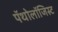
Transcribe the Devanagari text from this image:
पॅथोलॉजिस्ट